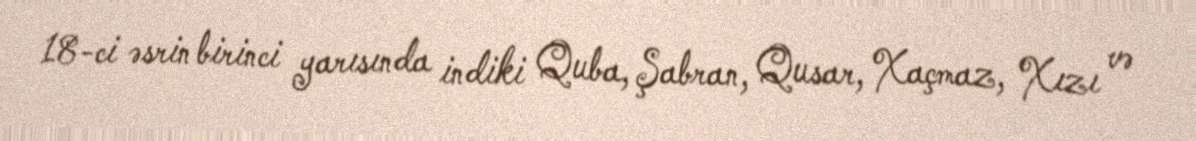
18-ci əsrin birinci yarısında indiki Quba, Şabran, Qusar, Xaçmaz, Xızı və